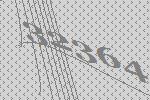
32364